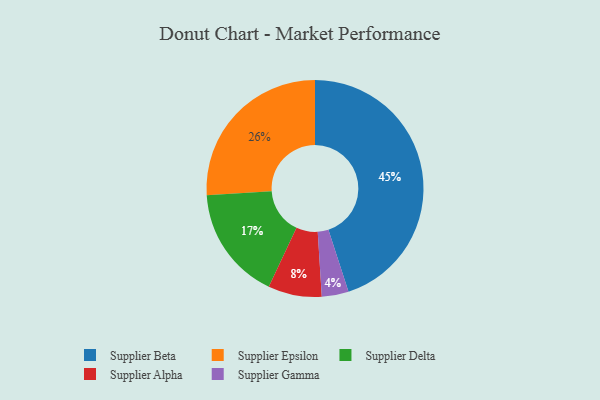
{"axis": {"x": "Category", "y": "Percentage"}, "legend": ["Supplier Alpha", "Supplier Beta", "Supplier Delta", "Supplier Epsilon", "Supplier Gamma"], "data": [{"x": "Supplier Delta", "y": 17, "type": "Supplier Delta"}, {"x": "Supplier Beta", "y": 45, "type": "Supplier Beta"}, {"x": "Supplier Alpha", "y": 8, "type": "Supplier Alpha"}, {"x": "Supplier Gamma", "y": 4, "type": "Supplier Gamma"}, {"x": "Supplier Epsilon", "y": 26, "type": "Supplier Epsilon"}]}